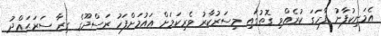
އެމަނިކުފާނު ފާހަގަ ކުރެެއްވި ގޮތުގައި މިސަރުކާރު ވެރިކަމަށް އައުމަށްފަހު ރަސްދޫގެ ގިރާ ސަރަޙައްދު